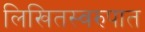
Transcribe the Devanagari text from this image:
लिखितस्वरुपात